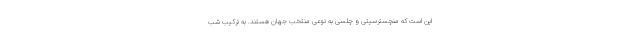
این است که منچسترسیتی و چلسی به نوعی منتخب جهان هستند. به ترکیب شب